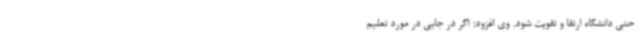
حتی دانشگاه ارتقا و تقویت شود. وی افزود: اگر در جایی در مورد تعلیم